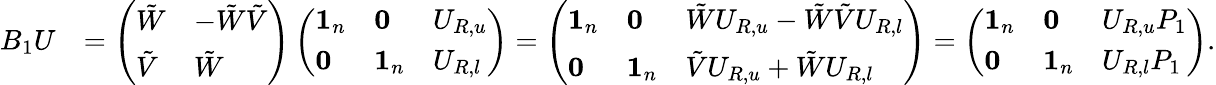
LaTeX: \begin{array}{rl}{B_{1}U}&{=\left(\begin{array}{ll}{\tilde{W}}&{-\tilde{W}\tilde{V}}\\ {\tilde{V}}&{\tilde{W}}\end{array}\right)\left(\begin{array}{lll}{\mathbf{1}_{n}}&{\mathbf{0}}&{U_{R,u}}\\ {\mathbf{0}}&{\mathbf{1}_{n}}&{U_{R,l}}\end{array}\right)=\left(\begin{array}{lll}{\mathbf{1}_{n}}&{\mathbf{0}}&{\tilde{W}U_{R,u}-\tilde{W}\tilde{V}U_{R,l}}\\ {\mathbf{0}}&{\mathbf{1}_{n}}&{\tilde{V}U_{R,u}+\tilde{W}U_{R,l}}\end{array}\right)=\left(\begin{array}{lll}{\mathbf{1}_{n}}&{\mathbf{0}}&{U_{R,u}P_{1}}\\ {\mathbf{0}}&{\mathbf{1}_{n}}&{U_{R,l}P_{1}}\end{array}\right).}\end{array}